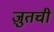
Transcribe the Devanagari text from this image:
ज़ुतची